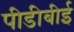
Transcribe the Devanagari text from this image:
पीडीबीई